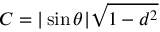
C = | \sin \theta | \sqrt { 1 - d ^ { 2 } }